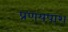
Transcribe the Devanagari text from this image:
प्रणयपाश